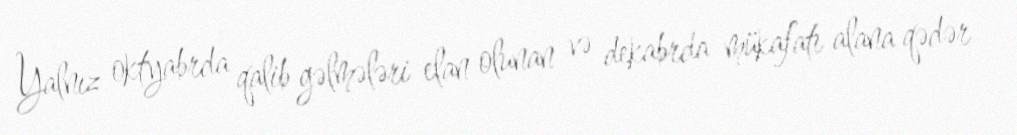
Yalnız oktyabrda qalib gəlmələri elan olunan və dekabrda mükafatı alana qədər